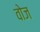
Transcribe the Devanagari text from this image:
वोज